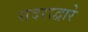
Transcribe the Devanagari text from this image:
सदराद्वारे